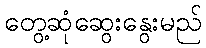
တွေ့ဆုံဆွေးနွေးမည်